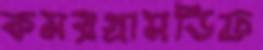
কমরগ্রামডিফ